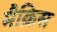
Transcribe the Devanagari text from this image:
मैक्रिस